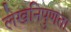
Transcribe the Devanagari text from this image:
लेखनिपुणता